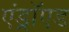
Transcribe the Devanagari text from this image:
एंड्राॅएड